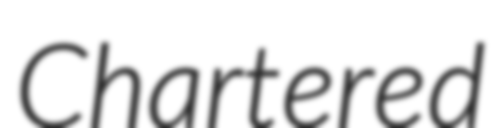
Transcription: Chartered